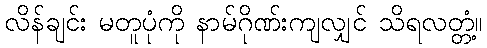
လိန်ချင်း မတူပုံကို နာမ်ဂိုဏ်းကျလျှင် သိရလတ္တံ့။